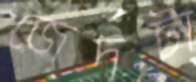
জেদটা